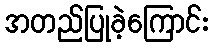
အတည်ပြုခဲ့ကြောင်း